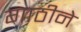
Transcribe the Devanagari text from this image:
गाठीने